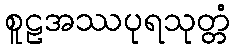
စူဠအဿပုရသုတ္တံ